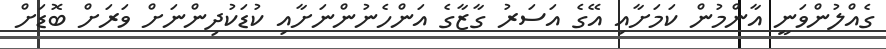
ގެއްލުންވަނީ އާންމުން ކަމަށާއި އޭގެ އަސަރު ގާޒާގެ އަންހެނުންނަށާއި ކުޑަކުދިންނަށް ވަރަށް ބޮޑަށް